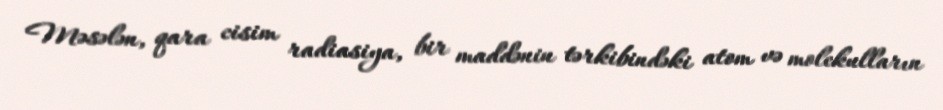
Məsələn, qara cisim radiasiya, bir maddənin tərkibindəki atom və molekulların